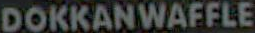
DOKKANWAFFLE